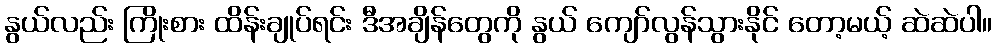
နွယ်လည်း ကြိုးစား ထိန်းချုပ်ရင်း ဒီအချိန်တွေကို နွယ် ကျော်လွန်သွားနိုင် တော့မယ့် ဆဲဆဲပါ။